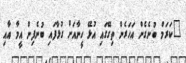
"ކަރަމް ބުނެގެން އަހަރެން ތިގޭގައި އުޅޭ ހީނާއަށް ގުޅާފައި ބުނެފިން އީމާ އާއި